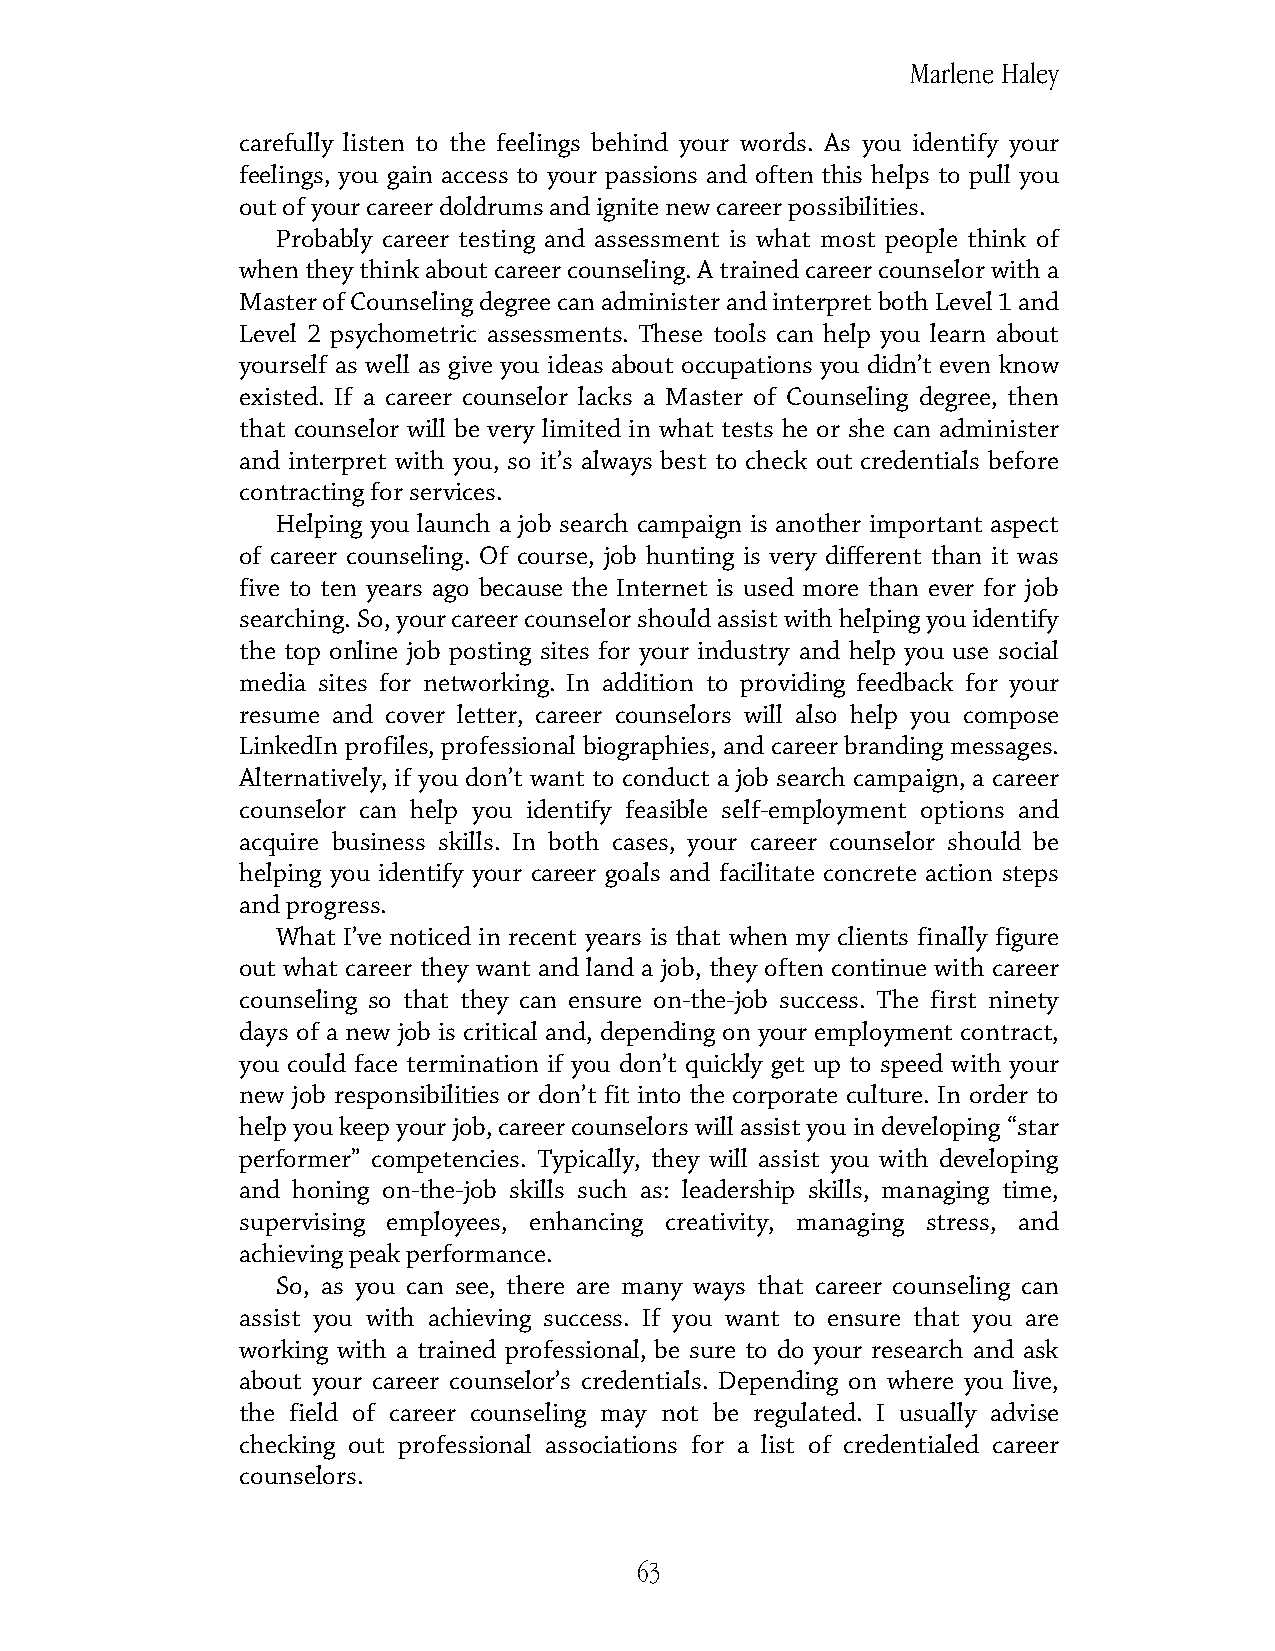
Marlene Haley
 carefully listen to the feelings behind your words. As you identify your
 feelings, you gain access to your passions and often this helps to pull you
 out of your career doldrums and ignite new career possibilities.
 Probably career testing and assessment is what most people think of
 when they think about career counseling. A trained career counselor with a
 Master of Counseling degree can administer and interpret both Level 1 and
 Level 2 psychometric assessments. These tools can help you learn about
 yourself as well as give you ideas about occupations you didn’t even know
 existed. If a career counselor lacks a Master of Counseling degree, then
 that counselor will be very limited in what tests he or she can administer
 and interpret with you, so it’s always best to check out credentials before
 contracting for services.
 Helping you launch a job search campaign is another important aspect
 of career counseling. Of course, job hunting is very different than it was
 five to ten years ago because the Internet is used more than ever for job
 searching. So, your career counselor should assist with helping you identify
 the top online job posting sites for your industry and help you use social
 media sites for networking. In addition to providing feedback for your
 resume and cover letter, career counselors will also help you compose
 LinkedIn profiles, professional biographies, and career branding messages.
 Alternatively, if you don’t want to conduct a job search campaign, a career
 counselor can help you identify feasible self-employment options and
 acquire business skills. In both cases, your career counselor should be
 helping you identify your career goals and facilitate concrete action steps
 and progress.
 What I’ve noticed in recent years is that when my clients finally figure
 out what career they want and land a job, they often continue with career
 counseling so that they can ensure on-the-job success. The first ninety
 days of a new job is critical and, depending on your employment contract,
 you could face termination if you don’t quickly get up to speed with your
 new job responsibilities or don’t fit into the corporate culture. In order to
 help you keep your job, career counselors will assist you in developing “star
 performer” competencies. Typically, they will assist you with developing
 and honing on-the-job skills such as: leadership skills, managing time,
 supervising employees, enhancing creativity, managing stress, and
 achieving peak performance.
 So, as you can see, there are many ways that career counseling can
 assist you with achieving success. If you want to ensure that you are
 working with a trained professional, be sure to do your research and ask
 about your career counselor’s credentials. Depending on where you live,
 the field of career counseling may not be regulated. I usually advise
 checking out professional associations for a list of credentialed career
 counselors.
 63